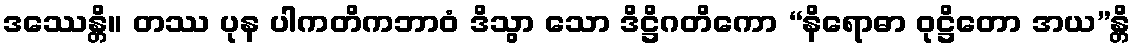
ဒဿေန္တိ။ တဿ ပုန ပါကတိကဘာဝံ ဒိသွာ သော ဒိဋ္ဌိဂတိကော “နိရောဓာ ဝုဋ္ဌိတော အယ”န္တိ